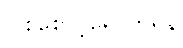
ပြုစုစောင့်ရှောက်ရန်